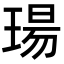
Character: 瑒